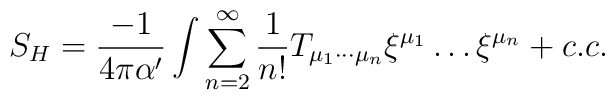
S_H = \frac{-1}{4\pi\alpha'} \int\sum^{\infty}_{n=2} \frac{1}{n!}T_{\mu_1 \cdots \mu_n} \xi^{\mu_1} \ldots\xi^{\mu_n} + c.c.